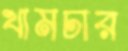
খামচার